Annual report of the Punjab Veterinary College and of the Civil Veterinary Department, Punjab - 1920-1925
Year: 1920
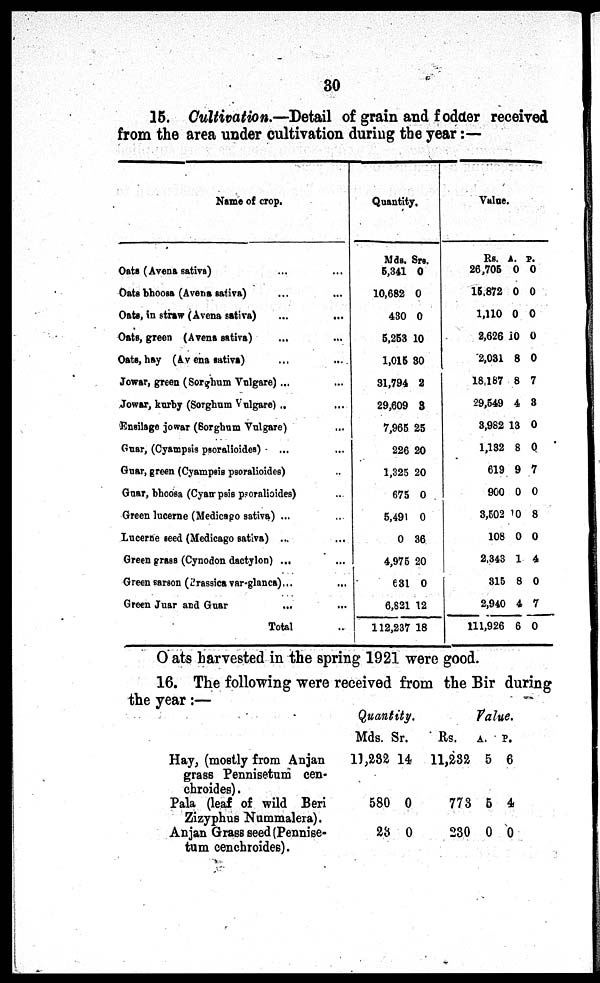
30
15. Cultivation.—Detail of grain and fodder received
from the area under cultivation during the year:—
Name of crop.
Oats (Avena sativa) ...
Oats bhoosa (Avena sativa) ...
Oats, in straw (Avena sativa) ...
Oats, green (Avena sativa) ...
Oats, hay (Av ena sativa) ...
Jowar, green (Sorghum Vulgare) ...
Jowar, kurby (Sorghum Vulgare) ...
Ensilage jowar (Sorghum Vulgare) ...
Guar, (Cyampsis psoralioides) ...
Guar, green (Cyampsis psoralioides)
Guar, bhoosa (Cyan pais p ornlioides)
Green lucerne (Medicago sativa) ...
Lucerne seed (Medicago sativa) ...
Green grass (Cynodon dactylon) ...
Green sarson (Prassica var-glanca) ...
Green Juar and Guar ...
Total ...
...
...
...
...
...
...
...
...
...
...
...
...
...
...
...
...
...
Quantity.
Mds.
5,341
10,682
430
5,253
1,015
31,794
29,609
7,965
226
1,325
675
5,491
0
4,975
631
6,621
112,237
Srs.
0
0
0
10
30
2
8
25
20
20
0
0
36
20
0
12
18
Value.
Rs.
26,705
15,872
1,110
2,626
2,031
18,187
29,549
3,982
1,132
619
900
3,502
108
2,343
315
2,940
111,926
A.
0
0
0
10
8
8
4
13
8
9
0
0
0
1
8
4
6
P.
0
0
0
0
0
7
3
0
0
7
0
8
0
4
0
7
0
Oats harvested in the spring 1921 were good.
16. The following were received from the Bir during
the year:—
Hay, (mostly from Anjan
grass Pennisetum cen-
chroides).
Pala (leaf of wild Beri
Zizyphus Nummalera).
Anjan Grass seed (Pennise-
tum cenchroides).
Quantity.
Mds.
11,282
580
28
Sr.
14
0
0
Value.
Rs.
11,232
773
230
A.
5
5
0
P.
6
4
0